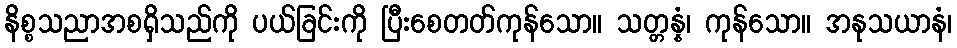
နိစ္စသညာအစရှိသည်ကို ပယ်ခြင်းကို ပြီးစေတတ်ကုန်သော။ သတ္တန္နံ၊ ကုန်သော။ အနုသယာနံ၊